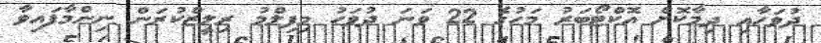
ދުވަހާއި ދިމާކޮށް އޮކްޓޯބަރު މަހުގެ 22 ވަނަ ދުވަހު މިފިލްމު ރިލީޒްކުރަން ނިންމާފައިވާ